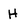
Character: H